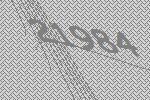
21984